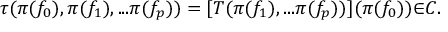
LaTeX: { \tau } ( { \pi } ( f _ { 0 } ) , { \pi } ( f _ { 1 } ) , . . . { \pi } ( f _ { p } ) ) = [ T ( { \pi } ( f _ { 1 } ) , . . . { \pi } ( f _ { p } ) ) ] ( { \pi } ( f _ { 0 } ) ) { \in } C .